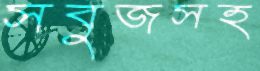
সবুজসহ